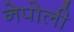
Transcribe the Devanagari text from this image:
नेपोली